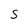
Character: s